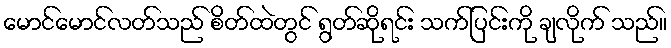
မောင်မောင်လတ်သည် စိတ်ထဲတွင် ရွတ်ဆိုရင်း သက်ပြင်းကို ချလိုက် သည်။